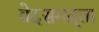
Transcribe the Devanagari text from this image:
वेदसमन्र्ता